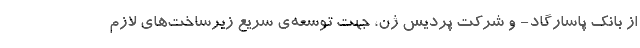
از بانک پاسارگاد- و شرکت پردیس ژن، جهت توسعه‌ی سریع زیرساخت‌های لازم